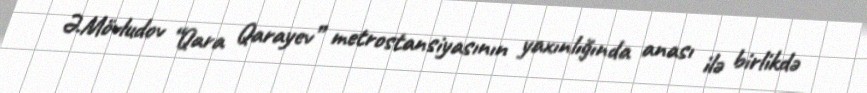
Ə.Mövludov “Qara Qarayev” metrostansiyasının yaxınlığında anası ilə birlikdə